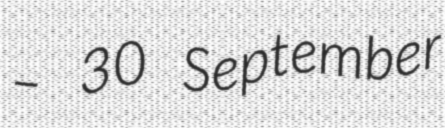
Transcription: – 30 September